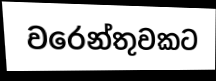
වරෙන්තුවකට